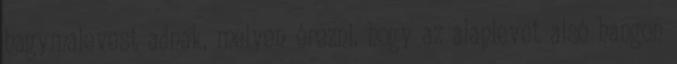
hagymalevest adnak, melyen érezni, hogy az alaplevet alsó hangon